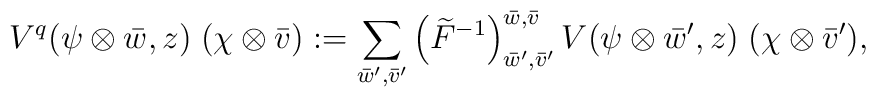
V^{q} (\psi\otimes\bar{w},z) \; (\chi\otimes\bar{v}) : =\sum_{\bar{w}', \bar{v}'}\left(\widetilde{F}^{-1}\right)_{\bar{w}', \bar{v}'}^{\bar{w}, \bar{v}}V(\psi\otimes\bar{w}',z) \; (\chi\otimes\bar{v}'),